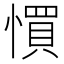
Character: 𢠼